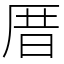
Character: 厝